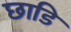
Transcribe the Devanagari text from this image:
छाडि